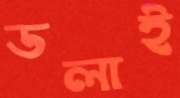
ডলাই